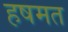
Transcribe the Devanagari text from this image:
हषमत